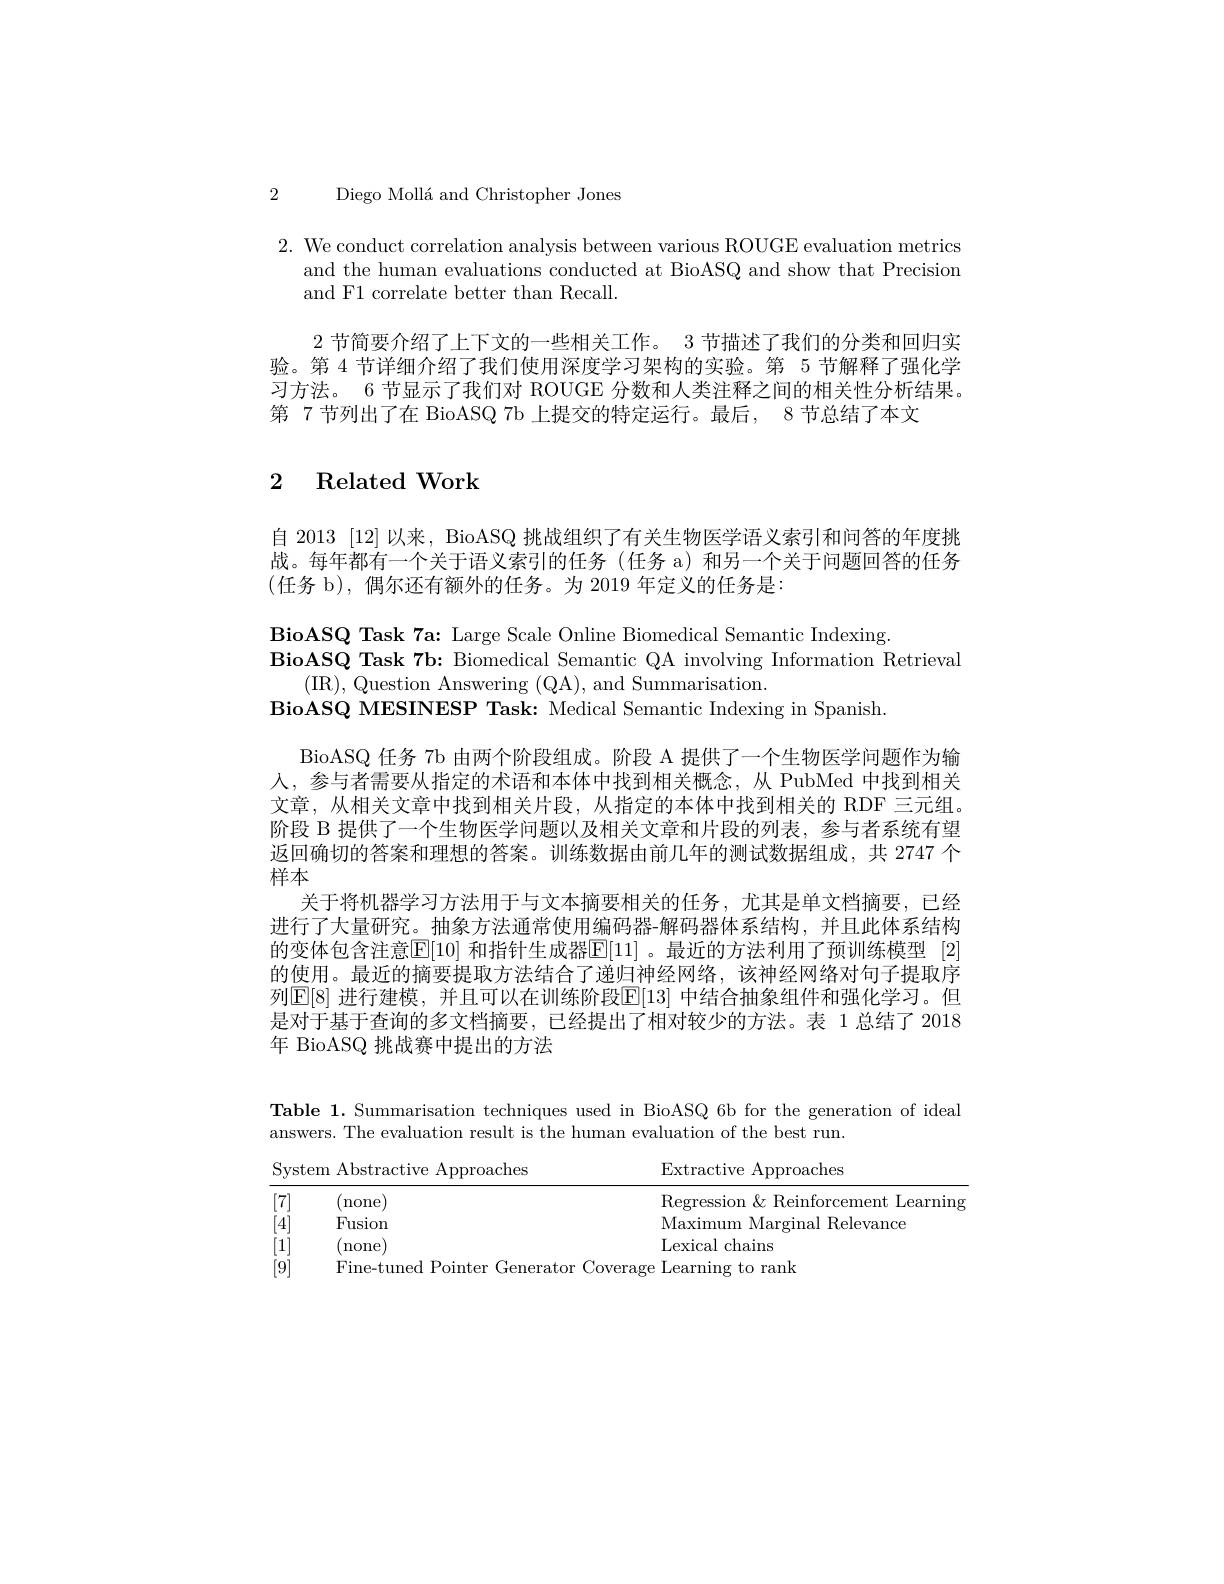
2 Diego Mollá and Christopher Jones

2. We conduct correlation analysis between various ROUGE evaluation metrics
and the human evaluations conducted at BioASQ and show that Precision
and F1 correlate better than Recall.
2节简要介绍了上下文的一些相关工作。3 节描述了我们的分类和回归实验。第 4 节详细介绍了我们使用深度学习架构的实验。第 5 节解释了强化学习方法。6 节显示了我们对 ROUGE 分数和人类注释之间的相关性分析结果。第 7 节列出了在 BioASQ 7b 上提交的特定运行。最后，8 节总结了本文

# 2 Related Work

自 2013 [12]以来，BioASQ 挑战组织了有关生物医学语义索引和问答的年度挑战。每年都有一个关于语义索引的任务(任务 a)和另一个关于问题回答的任务(任务 b),偶尔还有额外的任务。为 2019 年定义的任务是：

BioASQ Task 7a: Large Scale Online Biomedical Semantic Indexing.
BioASQ Task 7b: Biomedical Semantic QA involving Information Retrieval
(IR),Question Answering (QA),and Summarisation
BioASQ MESINESP Task: Medical Semantic Indexing in Spanish
BioASQ 任务 7b 由两个阶段组成。阶段 A 提供了一个生物医学问题作为输人，参与者需要从指定的术语和本体中找到相关概念，从 PubMed 中找到相关文章，从相关文章中找到相关片段，从指定的本体中找到相关的 RDF 三元组阶段 B 提供了一个生物医学问题以及相关文章和片段的列表，参与者系统有望返回确切的答案和理想的答案。训练数据由前几年的测试数据组成，共 2747 个样本
关于将机器学习方法用于与文本摘要相关的任务，尤其是单文档摘要，已经进行了大量研究。抽象方法通常使用编码器-解码器体系结构，并且此体系结构的变体包含注意$\mathbb{E}[10]$ 和指针生成器$\mathbb{E}[11]$ 。最近的方法利用了预训练模型 [2] 的使用。最近的摘要提取方法结合了递归神经网络，该神经网络对句子提取序列$\mathbb{E}[8]$ 进行建模，并且可以在训练阶段$\mathbb{E}[13]$ 中结合抽象组件和强化学习。但是对于基于查询的多文档摘要，已经提出了相对较少的方法。表 1 总结了 2018年 BioASQ 挑战赛中提出的方法

Table 1. Summarisation techniques used in BioASQ 6b for the generation of ideal
answers. The evaluation result is the human evaluation of the best run.

<table>
	<tbody>
		<tr>
			<th>System</th>
			<th>Abstractive Approaches</th>
			<th>Extractive Approaches</th>
		</tr>
		<tr>
			<td>[7]</td>
			<td>(none)</td>
			<td>Regression & Reinforcement Learning</td>
		</tr>
		<tr>
			<td>[4]</td>
			<td>Fusion</td>
			<td>Maximum Marg Relevance rinal </td>
		</tr>
		<tr>
			<td>1</td>
			<td>(none)</td>
			<td>Lexical chains</td>
		</tr>
		<tr>
			<td>[9]</td>
			<td>Fine-tuned Pointer Generator Coverage</td>
			<td>rank</td>
		</tr>
	</tbody>
</table>